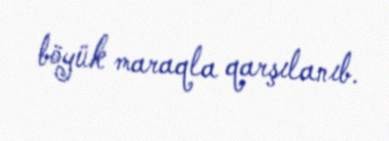
böyük maraqla qarşılanıb.